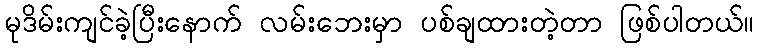
မုဒိမ်းကျင်ခဲ့ပြီးနောက် လမ်းဘေးမှာ ပစ်ချထားတဲ့တာ ဖြစ်ပါတယ်။